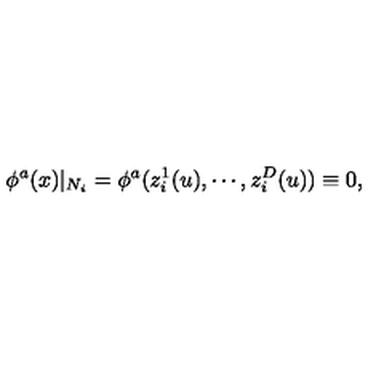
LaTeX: \phi ^ { a } ( x ) | _ { N _ { i } } = \phi ^ { a } ( z _ { i } ^ { 1 } ( u ) , \cdots , z _ { i } ^ { D } ( u ) ) \equiv 0 ,